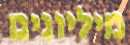
מיליונים